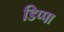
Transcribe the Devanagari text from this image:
डिप्पा